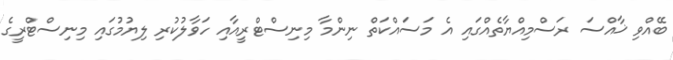
ބޭއްވި ޚާއްސަ ރަސްމިއްޔާތެއްގައި އެ މަސައްކަތް ނިންމާ މިނިސްޓްރީއާއި ހަވާލުކުރި ލިޔުމުގައި މިނިސްޓްރީގެ